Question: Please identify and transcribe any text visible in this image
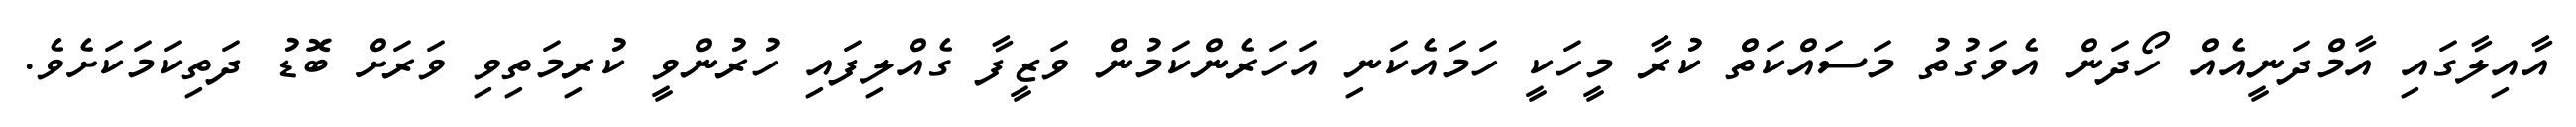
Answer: އާއިލާގައި އާމްދަނީއެއް ހޯދަން އެވަގުތު މަސައްކަތް ކުރާ މީހަކީ ހަމައެކަނި އަހަރެންކަމުން ވަޒީފާ ގެއްލިފައި ހުރުންވީ ކުރިމަތިވި ވަރަށް ބޮޑު ދަތިކަމަކަށެވެ.